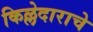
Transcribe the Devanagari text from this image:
किल्लेदाराचे